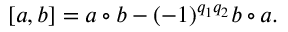
\lbrack a , b ] = a \circ b - ( - 1 ) ^ { q _ { 1 } q _ { 2 } } b \circ a .